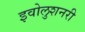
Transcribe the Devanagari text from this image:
इवोलुशनरी